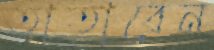
তাতাবেন